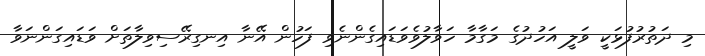
މި ދަތުރުފުޅަކީ ވަލީ އަހުދުގެ މަގާމާ ހަވާލުވެވަޑައިގެންނެވި ފަހުން އޭނާ އިނގިރޭސިވިލާތަށް ވަޑައިގަންނަވާ